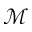
\mathcal { M }